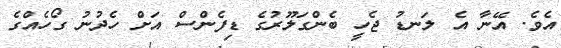
އެވެ. އޭނާ އެ ލަނޑު ޖެހީ ބެންގަލޫރުގެ ޑިފެންސް އަށް ހެދުނު ގޯހެއްގެ